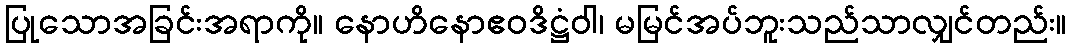
ပြုသောအခြင်းအရာကို။ နောဟိနောဧဝဒိဋ္ဌံဝါ၊ မမြင်အပ်ဘူးသည်သာလျှင်တည်း။